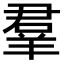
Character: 羣